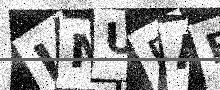
Text: IMUBAF